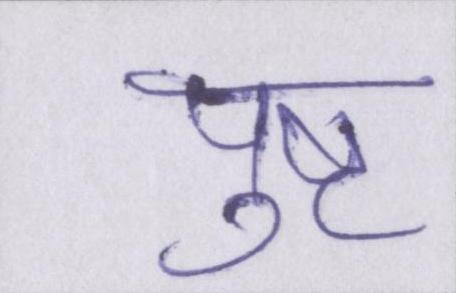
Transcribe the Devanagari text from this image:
पुष्ट